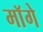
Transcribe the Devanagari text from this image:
माॅगे